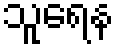
သူရေန